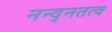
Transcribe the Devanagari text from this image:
नन्द्नतत्व